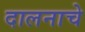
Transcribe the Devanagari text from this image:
दालनाचे